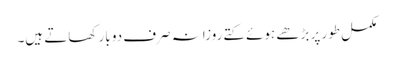
مکمل طور پر بڑھے ہوئے کتے روزانہ صرف دو بار کھاتے ہیں۔